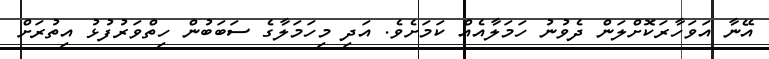
އޭނާ އަވަހާރަކޮށްލަން ދެވުނު ހަމަލާއެއް ކަމަށެވެ. އަދި މިހަމަލާގެ ސަބަބުން ހިތްވަރުފުޅު އިތުރަށް